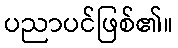
ပညာပင်ဖြစ်၏။